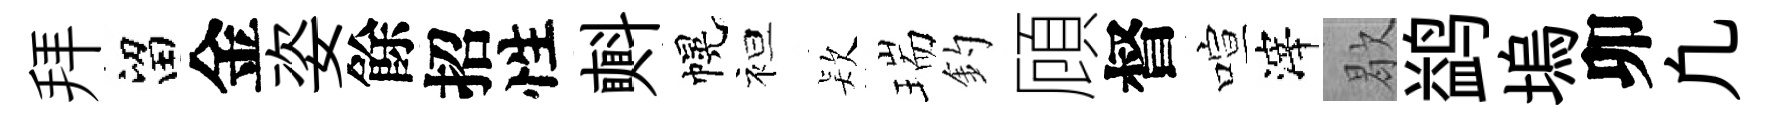
拜留金姿餘招性㪺幌袒𣣇瑞釣頋督喧滓歇鹢塢卯凢